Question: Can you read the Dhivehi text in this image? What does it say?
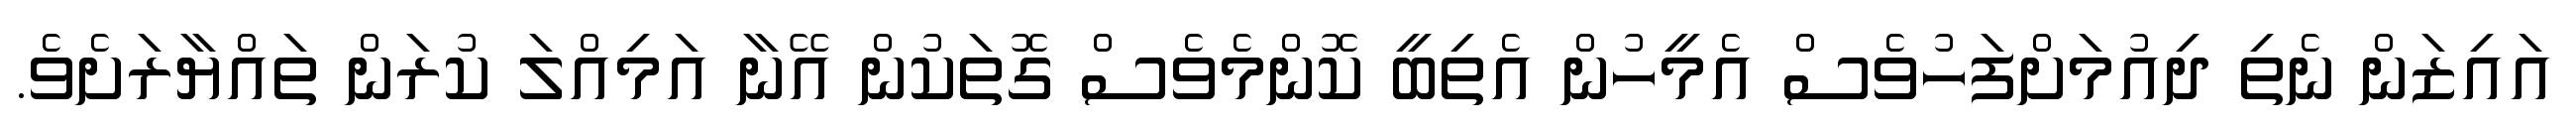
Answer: އައިޒަން ނެތި ދިއުމަށްފަހުވެސް އެމީހުން އެތިބީ ކޮންމެވެސް ގޮތަކުން އޭނާ އަމިއްލަ ކުރަން ތައްޔާރަށެވެ.